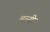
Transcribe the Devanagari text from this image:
बन्‍नी